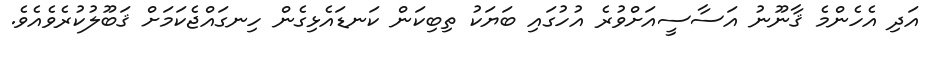
އަދި އެހެންމެ ޤާނޫނު އަސާސީއަށްވުރެ އުހުގައި ބަޔަކު ތިބިކަން ކަނޑައެޅިގެން ހިނގައްޖެކަމަށް ޤަބޫލުކުރެވެއެވެ.